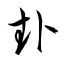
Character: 卦